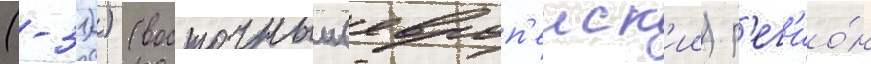
(-31)) (восточныи (европ'еиск'ии) р'ег'ио́н